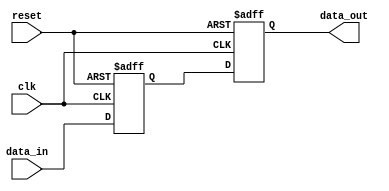
module latch_delay (
  input clk,
  input reset,
  input data_in,
  output reg data_out
);

reg delayed_data;

always @ (posedge clk or posedge reset) begin
  if (reset) begin
    delayed_data <= 1'b0; // Reset to default value
  end else begin
    delayed_data <= data_in; // Delay the input data
  end
end

always @ (posedge clk or posedge reset) begin
  if (reset) begin
    data_out <= 1'b0; // Reset to default value
  end else begin
    data_out <= delayed_data; // Output delayed data
  end
end

endmodule